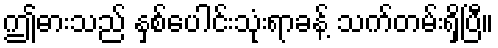
ဤဓားသည် နှစ်ပေါင်းသုံးရာခန့် သက်တမ်းရှိပြီ။